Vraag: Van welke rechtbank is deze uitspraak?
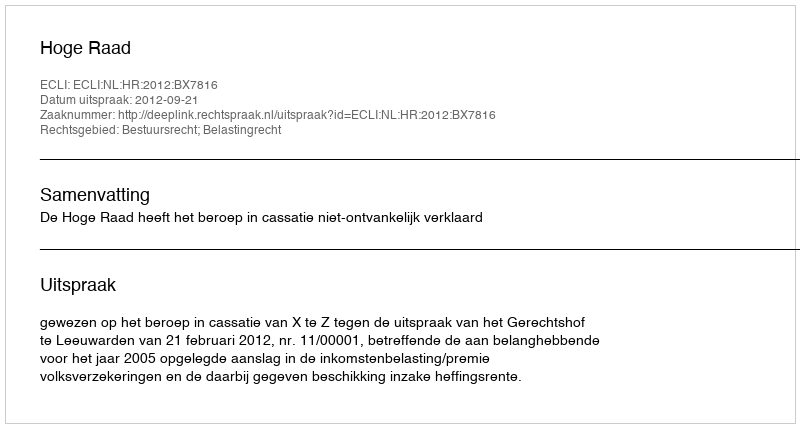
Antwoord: Hoge Raad